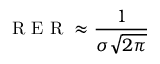
\mathrm { ~ R ~ E ~ R ~ } \approx \frac { 1 } { \sigma \sqrt { 2 \pi } }